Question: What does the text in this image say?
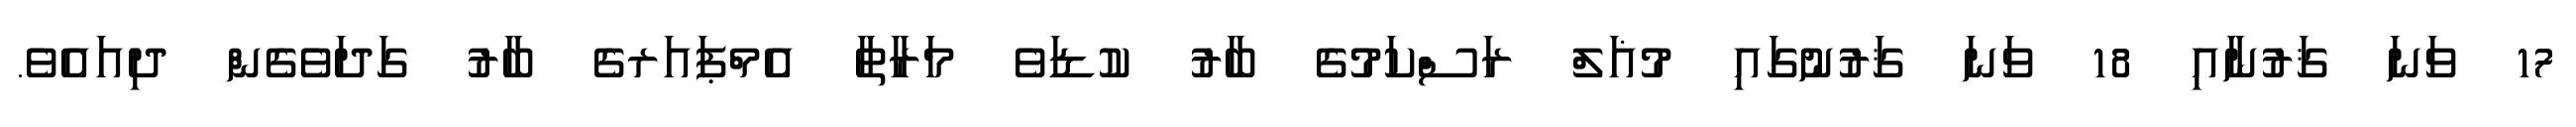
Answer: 17 ވަނަ ޤަރުނާއި 18 ވަނަ ޤަރުނުގައި މުޣަލް ރަސްކަމުގެ ބާރު ކުޑަވެ މަރާތާ އެމްޕައަރގެ ބާރު ގަދަވެގެން ދިއައެވެ.